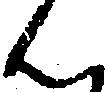
ん